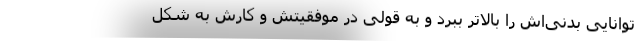
توانایی بدنی‌اش را بالاتر ببرد و به قولی در موفقیتش و کارش به شکل